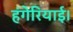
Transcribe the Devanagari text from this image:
हंगेरियाई।